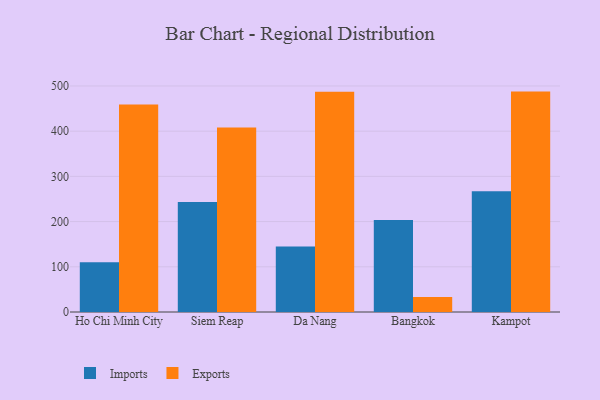
{"axis": {"x": "City", "y": "Page Views"}, "legend": ["Exports", "Imports"], "data": [{"x": "Ho Chi Minh City", "y": 109.9, "type": "Imports"}, {"x": "Ho Chi Minh City", "y": 459.0, "type": "Exports"}, {"x": "Siem Reap", "y": 243.4, "type": "Imports"}, {"x": "Siem Reap", "y": 408.2, "type": "Exports"}, {"x": "Da Nang", "y": 145.0, "type": "Imports"}, {"x": "Da Nang", "y": 487.2, "type": "Exports"}, {"x": "Bangkok", "y": 203.4, "type": "Imports"}, {"x": "Bangkok", "y": 33.4, "type": "Exports"}, {"x": "Kampot", "y": 266.9, "type": "Imports"}, {"x": "Kampot", "y": 487.5, "type": "Exports"}]}